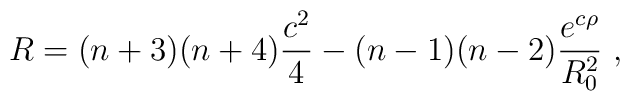
R=(n+3)(n+4)\frac{c^2}{4} -(n-1)(n-2)\frac{e^{c \rho}}{R_0^2}~,